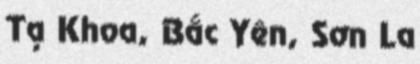
Tạ Khoa, Bắc Yên, Sơn La